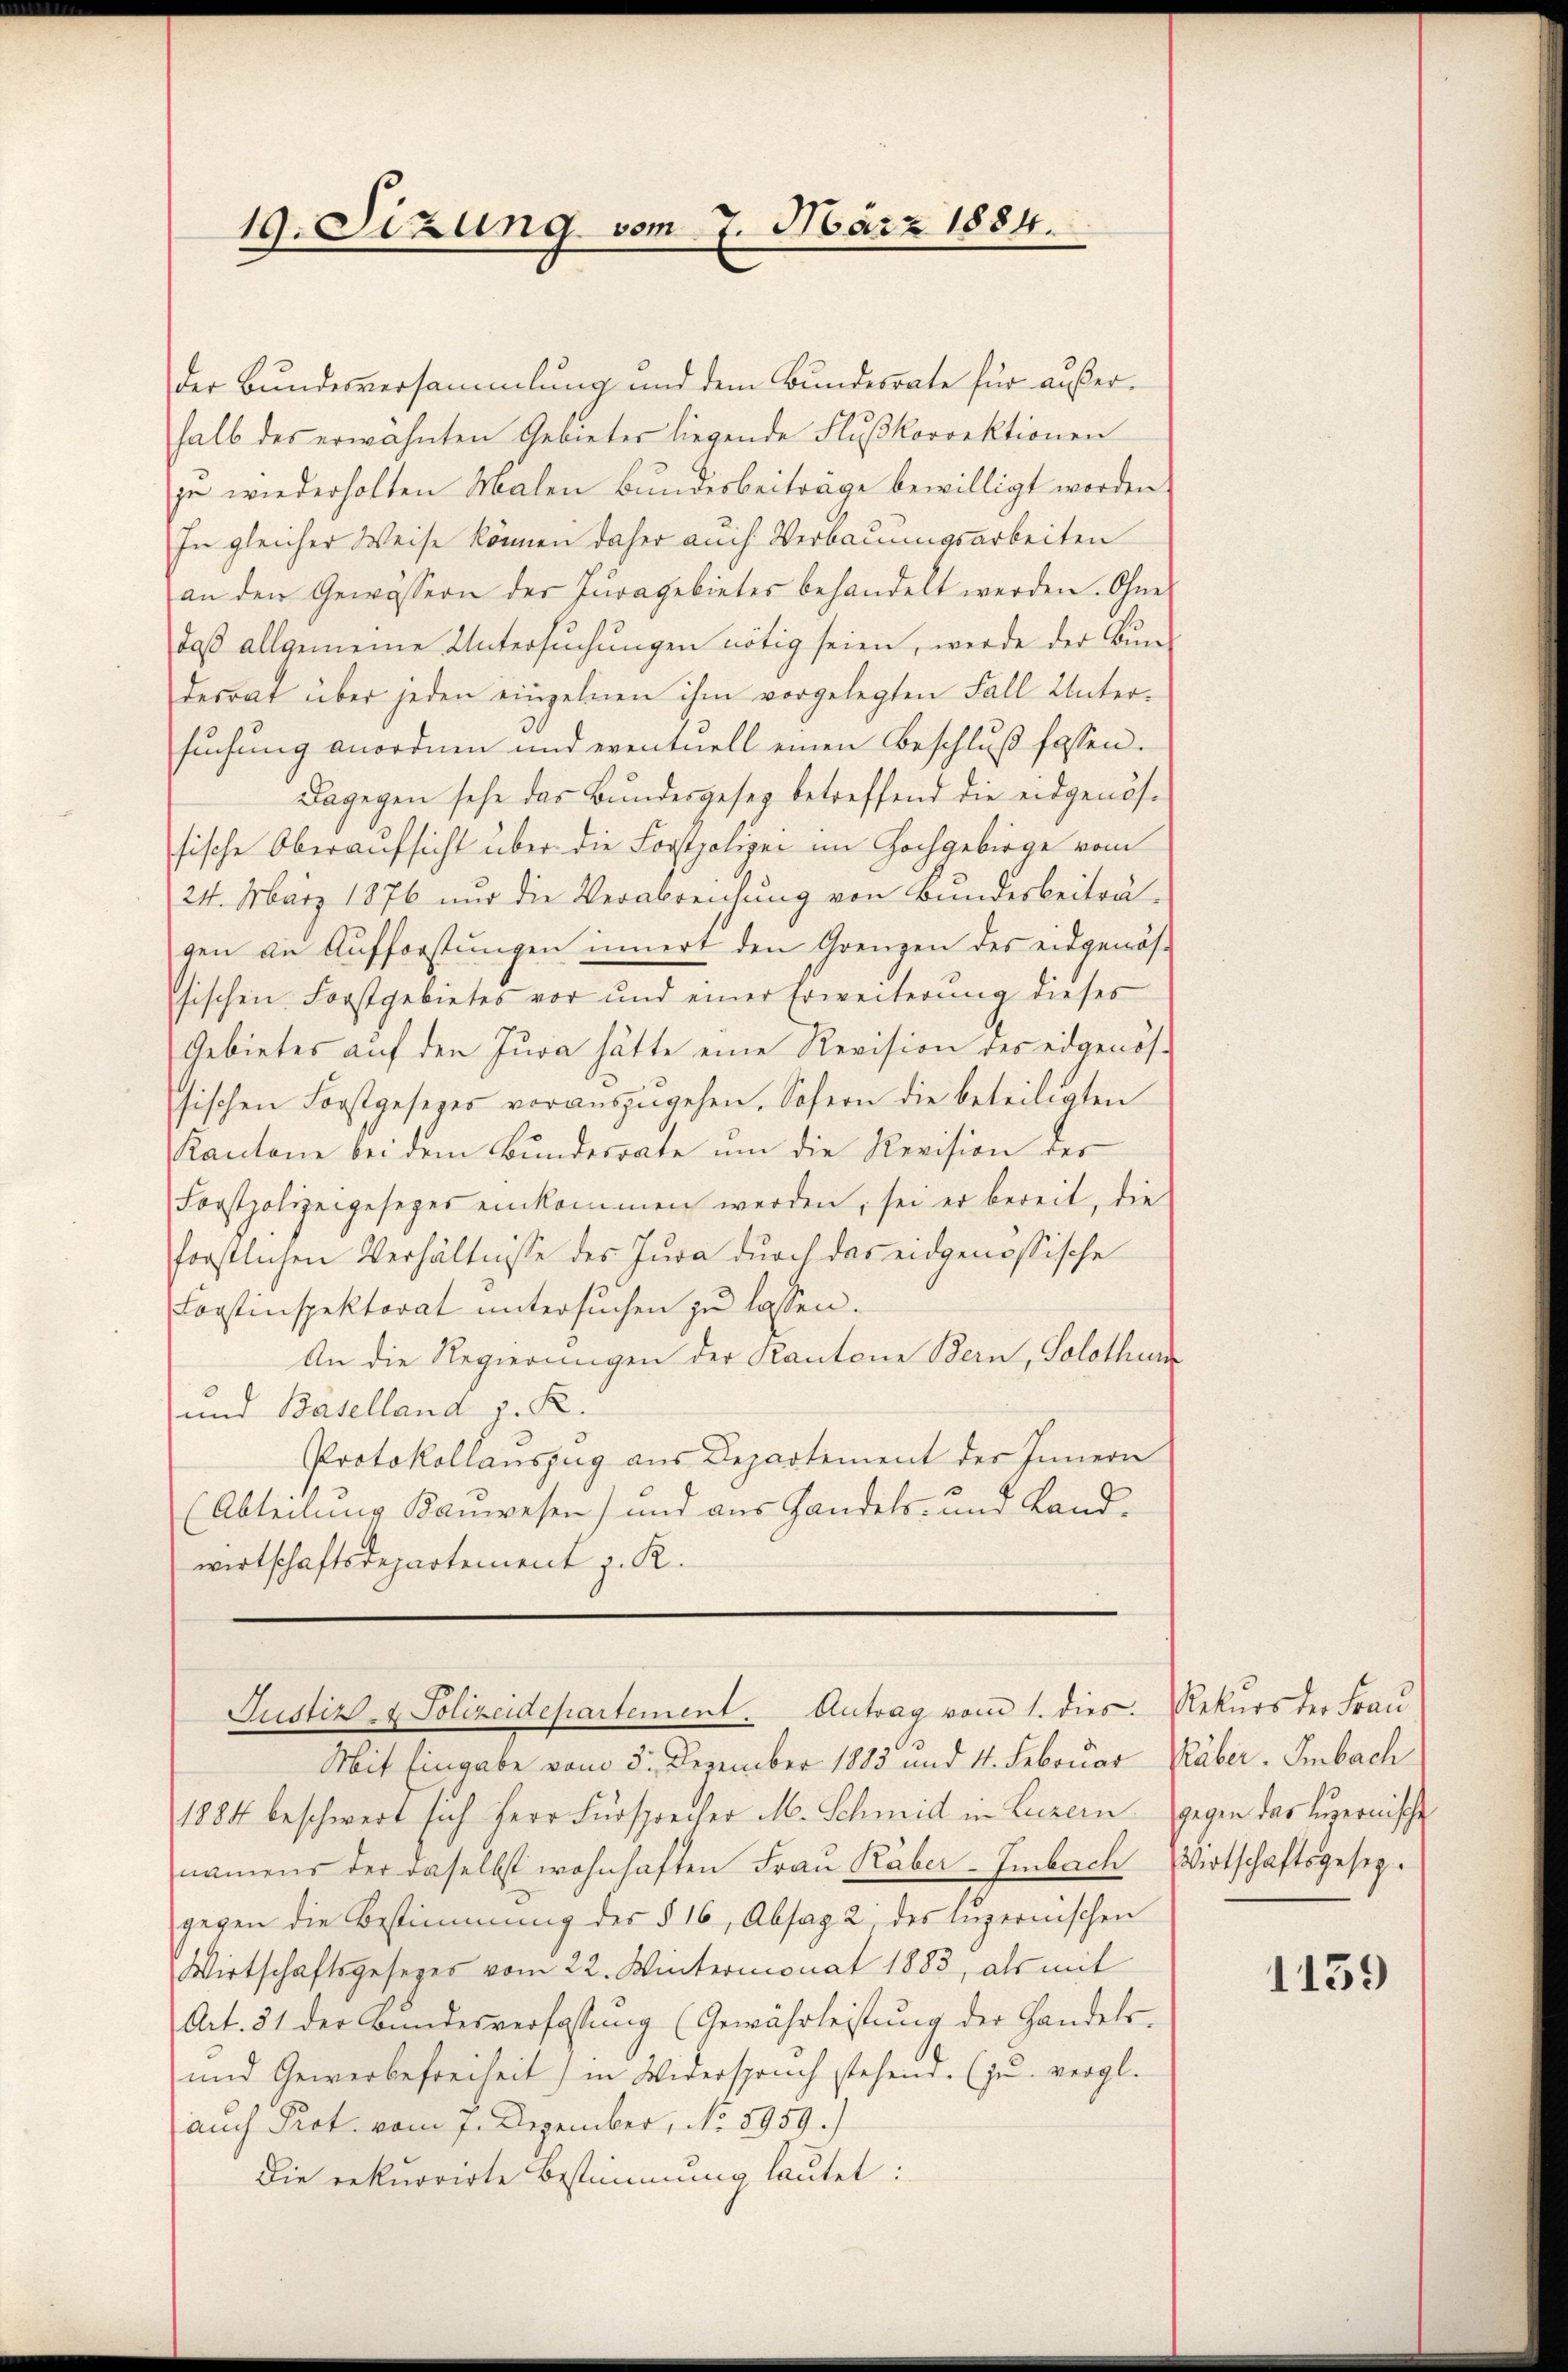
19. Sizung vom 7. März 1884.

der Bundesversammlung und dem Bundesrate für außerhalb des erwähnten Gebieter liegende Flußkorrektionen
zu wiederholten Malen Bundesbeiträge bewilligt worden.
In gleicher Weise können daher auch Verbauungsarbeiten
an den Gewässern der Juragebietes behandelt werden. Ohne
daß allgemeine Untersuchungen nötig seien, werde der Bun-
desrat über jeden einzelnen ihm vorgelegten Fall Unter-
suchung anordnen und eventuell einen Beschluß fassen.
Dagegen sehe das Bŭndesgesez betreffend die eidgenös-
sische Oberaufsicht über die Forstpolizei im Hochgebirge vom
24. März 1876 nur die Verabreichung von Bundesbeiträ-
gen an Aufforstŭngen innert den Grenzen des eidgenös-
sischen Forstgebietes vor und einer Erweiterung dieses
Gebietes auf den Jura hätte eine Revision des eidgenöshischen Forstgesetzes voraŭszŭgehen. Sofern die beteiligten
Kantone bei dem Bundesrate um die Revision der
Forstpolizeigesezes einkommen werden, sei er bereit, die
forstlichen Verhältnisse des Jura durch das eidgenössische
Forstinspektorat untersuchen zu lassen.
An die Regierungen der Kantone Bern, Solothur
und Baselland z. R.
Protokollauszug aus Departement der Innern
(Abteilung Kauwesen) und aus Handels- und Land-
wirtschaftsdepartement z. R.

Justiz- & Polizeidepartement. Antrag vom 1. dies Rekurs der Frau

Mit Eingabe vom 3. Dezember 1883 und 4. Februar Räber. Ambach
1884 beschwert sich Herr Fürsprecher M. Schmid in Luzern gegen das Luzernische
namens der daselbst wohnhaften Frau Räber-Embach Wirtschaftsgesezgegen die Bestimmung des § 16, Absag 2 des luzernischen
Wirtschaftsgesezes vom 22. Wintermonat 1883, als mit
Art. 31 der Bundesverfassung (Gewährleistŭng der Handels-
und Gewerbefreiheit) in Widerspruch stehend. (zu vergl.
auch Prot. vom 7. Dezember, No. 5959.)
Die rekurrirte Bestimmung lautet:

1159